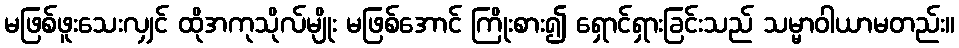
မဖြစ်ဖူးသေးလျှင် ထိုအကုသိုလ်မျိုး မဖြစ်အောင် ကြိုးစား၍ ရှောင်ရှားခြင်းသည် သမ္မာဝါယာမတည်း။